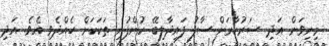
މިނިވަން އަދި ސަރުކާރަށް ސާފު ފައިދާލިބޭ ކުންފުނި ތަކަކަށް ހެއްދެވި އެވެ. އަދި